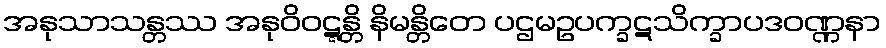
အနုသာသန္တဿ အနုဝိဝဋ္ဋန္တိ နိမန္တိတေ ပဌမဥပက္ခဋသိက္ခာပဒဝဏ္ဏနာ